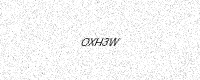
Text: OXH3W